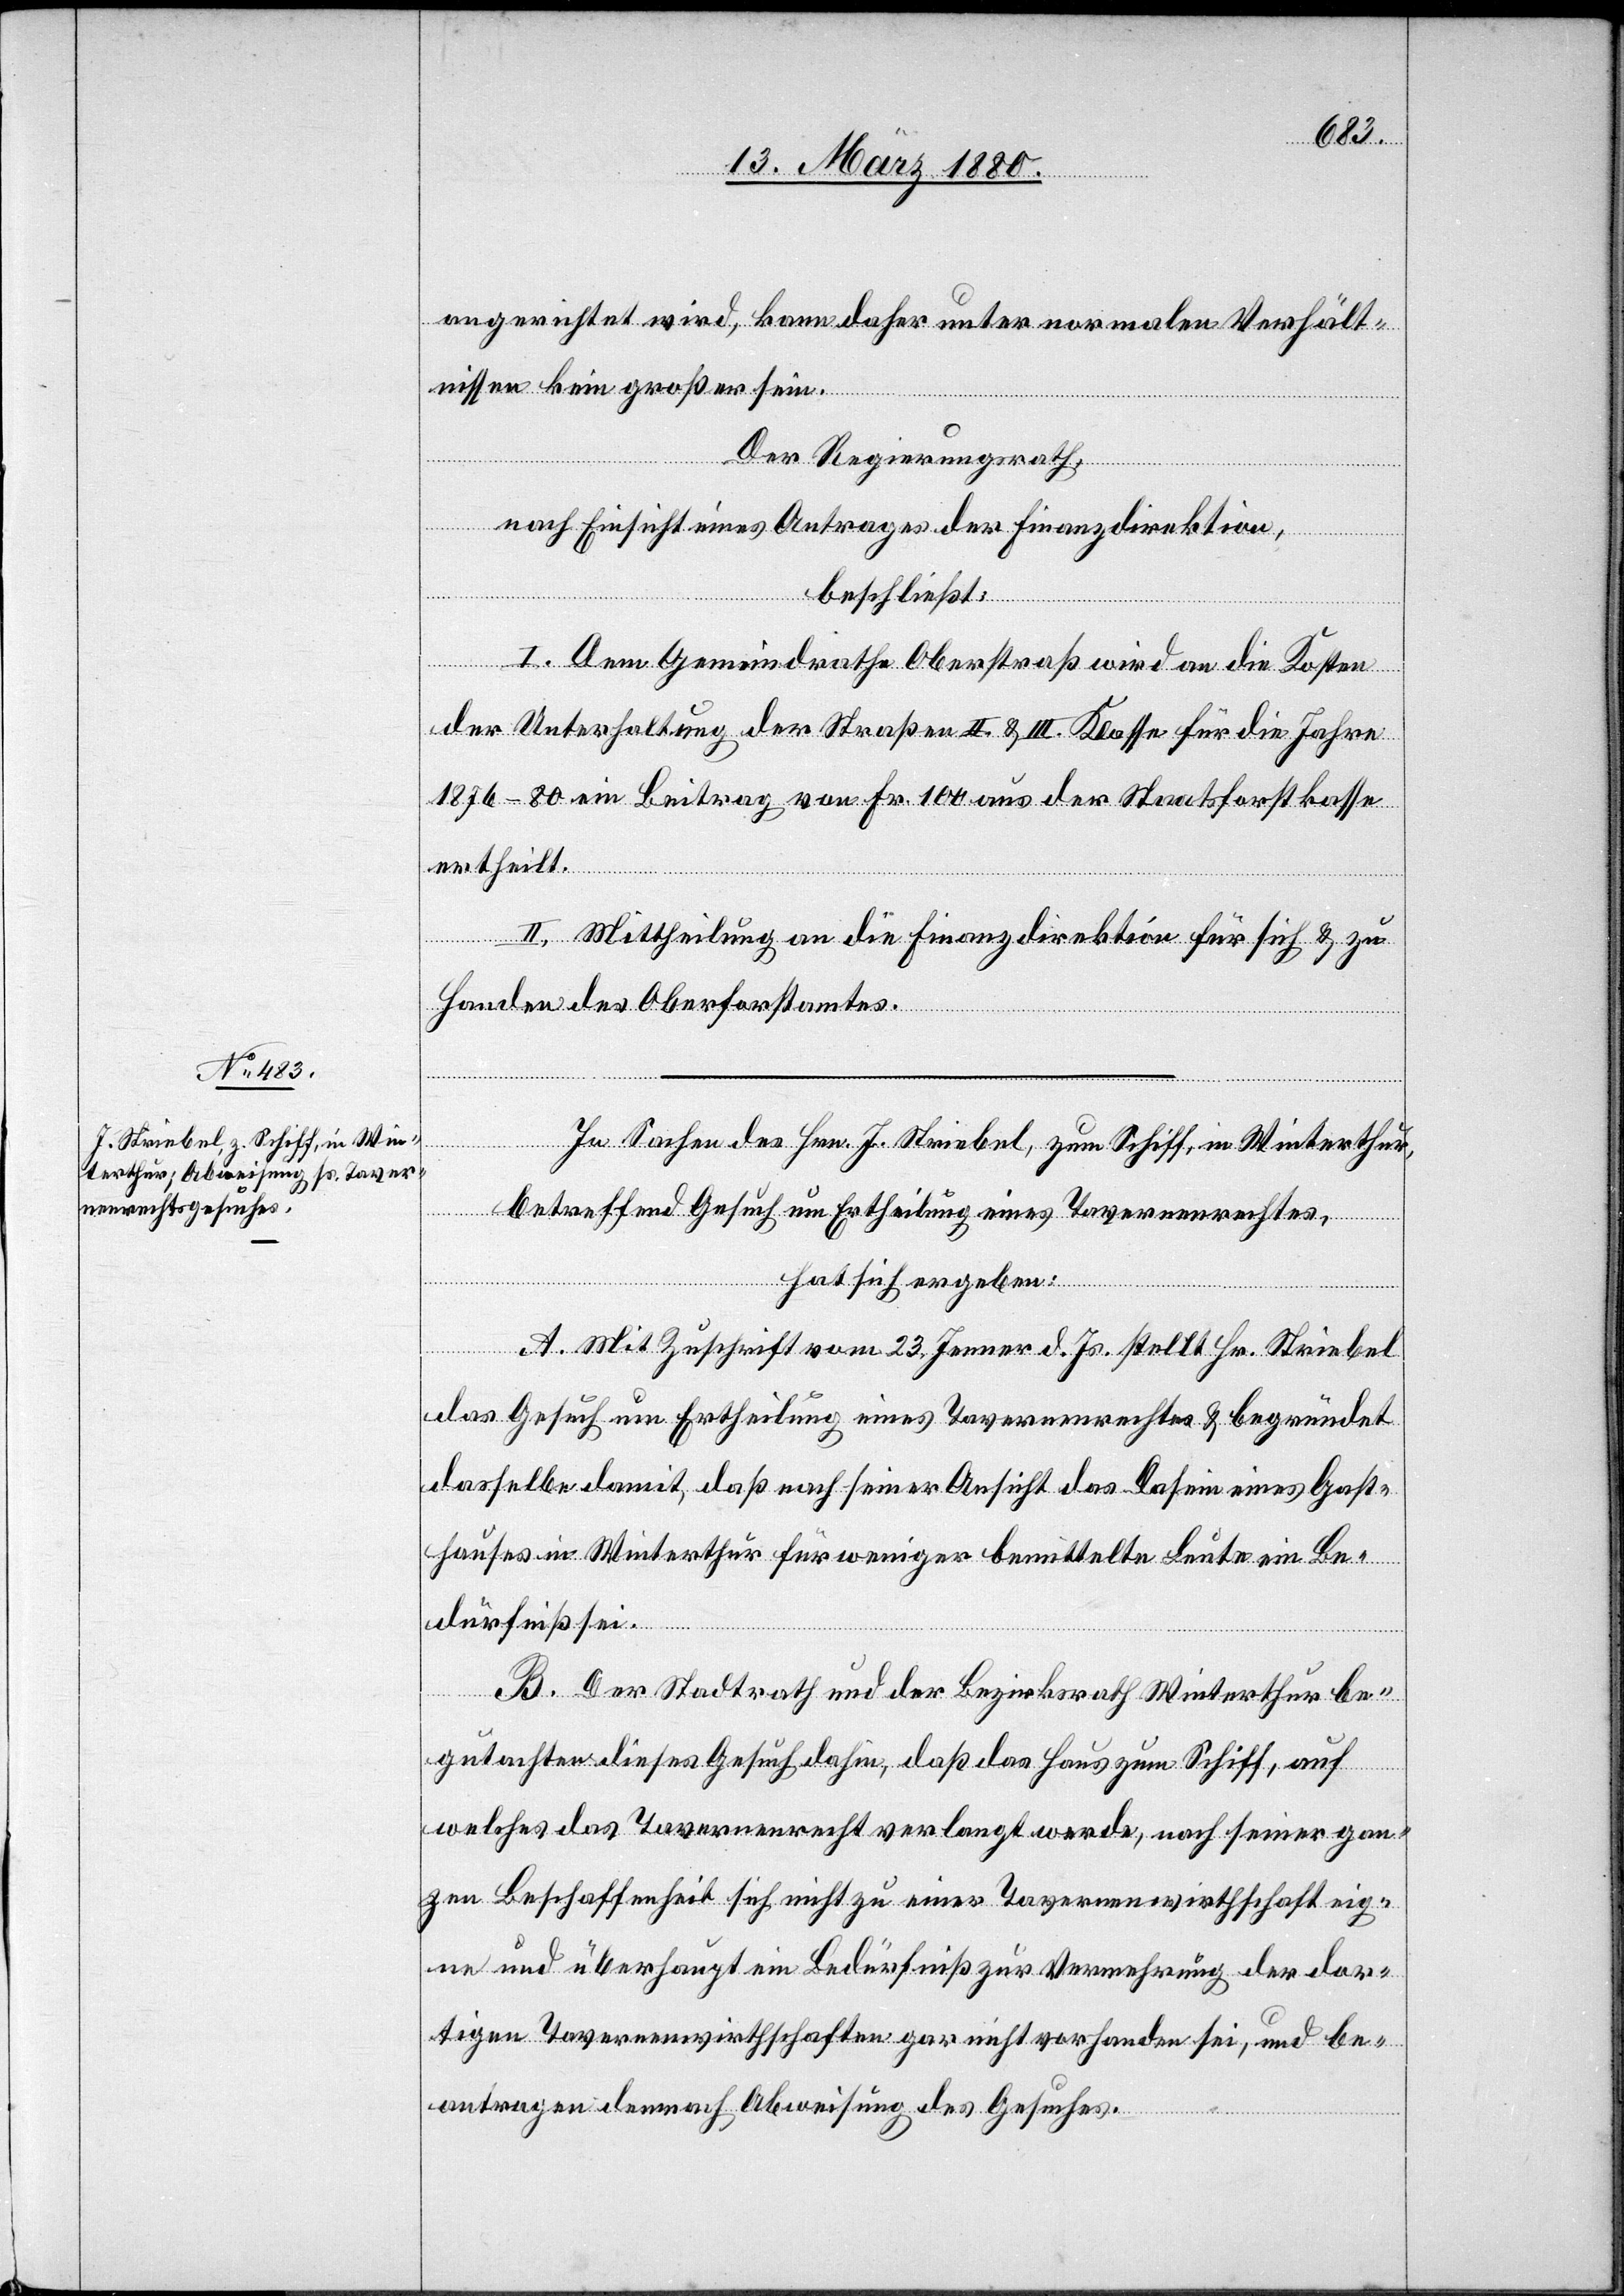
Stadt¬
angerichtet wird, kann daher unter normalen Verhält¬
nissen kein großer sein.
Der Regierungsrath,
nach Einsicht eines Antrages der Finanzdirektion,
beschließt:
I. Dem Gemeindrathe Oberstraß wird an die Kosten
der Unterhaltung der Straßen II. & III: Klasse für die Jahre
1876–80 ein Beitrag von Fr. 100 aus der Staatsforstkasse
B.
ertheilt.
II. Mittheilung an die Finanzdirektion für sich & zu
Handen des Oberforstamtes.
rath
In Sachen des Hrn. H. Striebel, zum Schiff, in Winterthur,
betreffend Gesuch um Ertheilung eines Tavernenrechtes,
hat sich ergeben:
thur be¬
A. Mit Zuschrift vom 23. Jenner d. Js. stellt Hr. Striebel
das Gesuch um Ertheilung eines Tavernenrechtes & begründet
dasselbe damit, daß nach seiner Ansicht das Dasein eines Gast¬
hauses in Winterthur für weniger bemittelte Leute ein Be¬
dürfniß sei.
gutachten dieses Gesuch dahin, daß das Haus zum Schiff, auf
der
welches das Tavernenrecht verlangt werde, nach seiner gan¬
zen Beschaffenheit sich nicht zu einer Tavernenwirthschaft eig¬
ne und überhaupt ein Bedürfniß zur Vermehrung der dor¬
tigen Tavernenwirthschaften gar nicht vorhanden sei, und be¬
antragen demnach Abweisung des Gesuches.